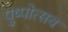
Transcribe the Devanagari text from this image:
पुष्पोत्सव